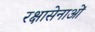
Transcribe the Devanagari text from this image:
रक्षासेनाओं